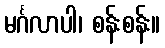
မင်္ဂလာပါ၊ စန်းစန်း။